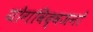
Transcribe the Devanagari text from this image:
योगविद्वजनों